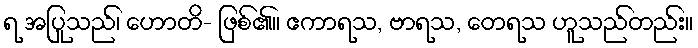
ရ အပြုသည်၊ ဟောတိ- ဖြစ်၏။ ဧကာရသ, ဗာရသ, တေရသ ဟူသည်တည်း။